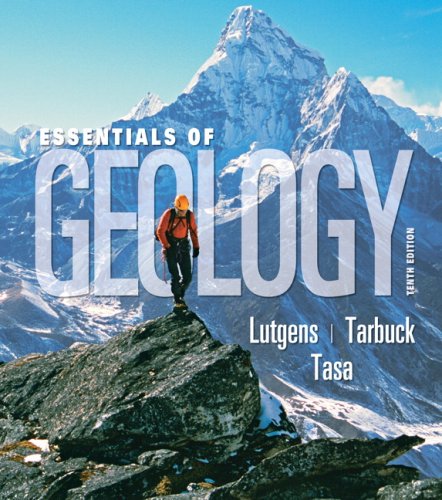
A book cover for Essentials of Geology (10th Edition); Frederick K. Lutgens; Science & Math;